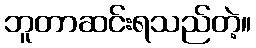
ဘူတာဆင်းရသည်တဲ့။